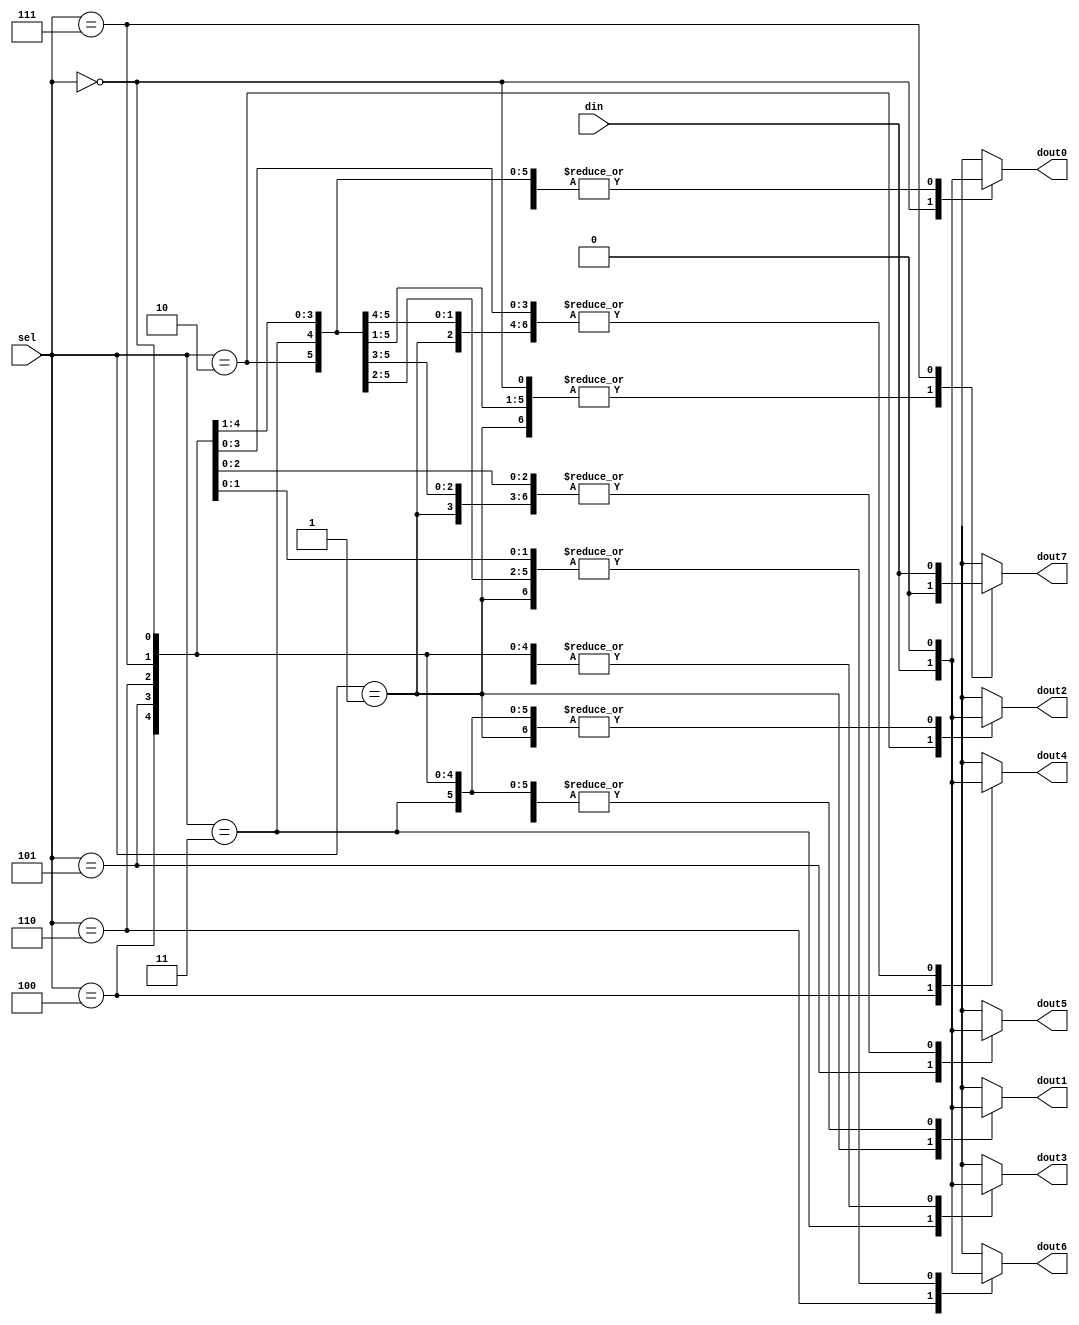
module demux18(
    din, 
    sel,
    dout0,
    dout1,
    dout2,
    dout3,
    dout4,
    dout5,
    dout6,
    dout7
);
input din;
input [2:0] sel;
output dout0;
output dout1;
output dout2;
output dout3;
output dout4;
output dout5;
output dout6;
output dout7;

reg dout0;
reg dout1;
reg dout2;
reg dout3;
reg dout4;
reg dout5;
reg dout6;
reg dout7;


always @(din or sel)
begin
    case(sel)
        3'b000 : begin
                    dout0 = din;
                    dout1 = 0;
                    dout2 = 0;
                    dout3 = 0;
                    dout4 = 0;
                    dout5 = 0;
                    dout6 = 0;
                    dout7 = 0;
                end
        3'b001 : begin 
                    dout0 = 0;
                    dout1 = din;
                    dout2 = 0;
                    dout3 = 0;
                    dout4 = 0;
                    dout5 = 0;
                    dout6 = 0;
                    dout7 = 0;
                end
        3'b010 : begin 
                    dout0 = 0;
                    dout1 = 0;
                    dout2 = din;
                    dout3 = 0;
                    dout4 = 0;
                    dout5 = 0;
                    dout6 = 0;
                    dout7 = 0;
                end
        3'b011 : begin 
                    dout0 = 0;
                    dout1 = 0;
                    dout2 = 0;
                    dout3 = din;
                    dout4 = 0;
                    dout5 = 0;
                    dout6 = 0;
                    dout7 = 0;                    
                end
        3'b100 : begin 
                    dout0 = 0;
                    dout1 = 0;
                    dout2 = 0;
                    dout3 = 0; 
                    dout4 = din;
                    dout5 = 0;
                    dout6 = 0;
                    dout7 = 0;                   
                end
        3'b101 : begin 
                    dout0 = 0;
                    dout1 = 0;
                    dout2 = 0;
                    dout3 = 0; 
                    dout4 = 0;
                    dout5 = din;
                    dout6 = 0;
                    dout7 = 0;                   
                end
        3'b110 : begin 
                    dout0 = 0;
                    dout1 = 0;
                    dout2 = 0;
                    dout3 = 0;
                    dout4 = 0;
                    dout5 = 0;
                    dout6 = din;
                    dout7 = 0;                    
                end
        3'b111 : begin 
                    dout0 = 0;
                    dout1 = 0;
                    dout2 = 0;
                    dout3 = 0;
                    dout4 = 0;
                    dout5 = 0;
                    dout6 = 0;
                    dout7 = din;                    
                end
    endcase
end
endmodule